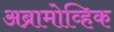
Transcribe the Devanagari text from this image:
अब्रामोव्हिक